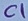
Text: C1